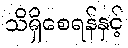
သိရှိစေရန်နှင့်